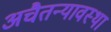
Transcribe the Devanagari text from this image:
अचैतन्यावस्था